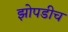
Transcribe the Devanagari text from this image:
झोपडीच